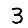
Digit: 3